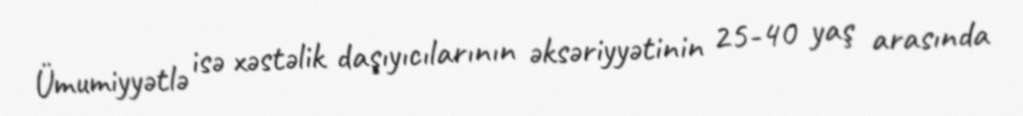
Ümumiyyətlə isə xəstəlik daşıyıcılarının əksəriyyətinin 25-40 yaş arasında